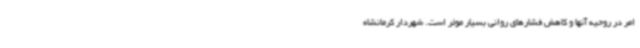
امر در روحیه آنها و کاهش فشارهای روانی بسیار موثر است. شهردار کرمانشاه